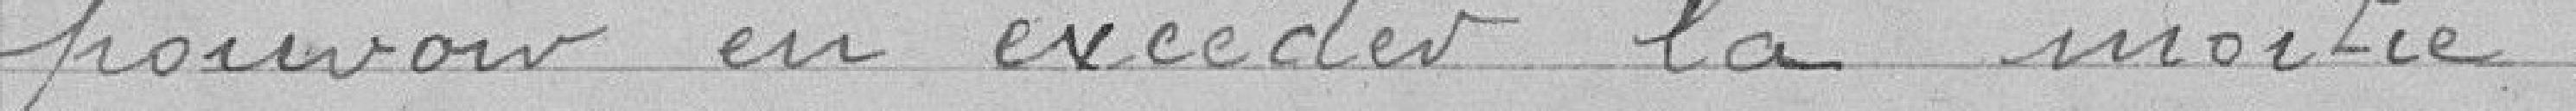
pouvoir en excéder la moitié.